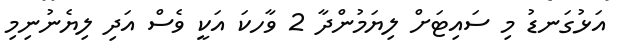
އަޅުގަނޑު މި ސައިޓަށް ލިޔަމުންދާ 2 ވާހކަ އަކީ ވެސް އަދި ލިޔެނުނިމި